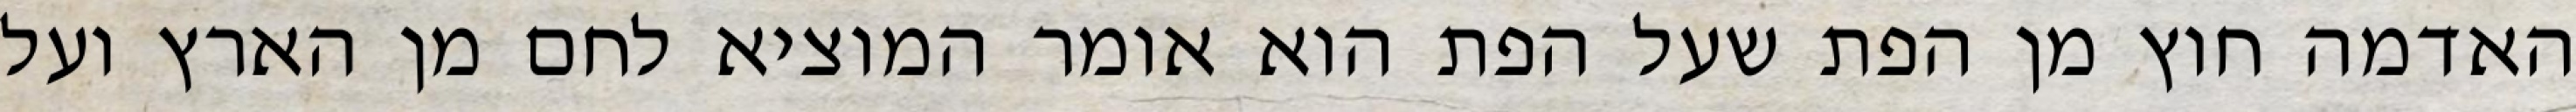
האדמה חוץ מן הפת שעל הפת הוא אומר המוציא לחם מן הארץ ועל